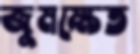
জুমক্ষেত